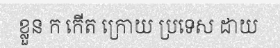
ខ្លួន ក កើត ក្រោយ ប្រទេស ដាយ